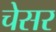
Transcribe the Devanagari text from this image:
चेसर